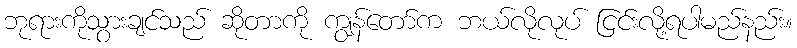
ဘုရားကိုသွားချင်သည် ဆိုတာကို ကျွန်တော်က ဘယ်လိုလုပ် ငြင်းလို့ရပါမည်နည်း။